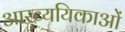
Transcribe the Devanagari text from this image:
आख्ययिकाओं